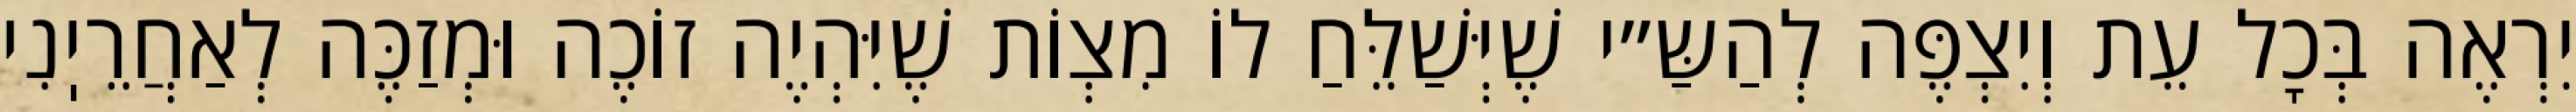
יִרְאֶה בְּכׇל עֵת וְיִצְפֶּה לְהַשַּ״י שֶׁיְּשַׁלֵּחַ לוֹ מִצְוֹת שֶׁיִּהְיֶה זוֹכֶה וּמְזַכֶּה לְאַחֲרֵיֽנִי